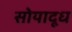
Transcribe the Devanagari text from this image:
सोयादूध